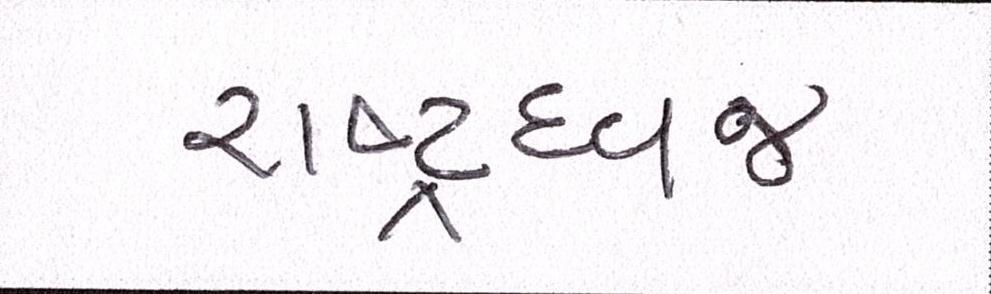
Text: રાષ્ટ્રધ્વજ